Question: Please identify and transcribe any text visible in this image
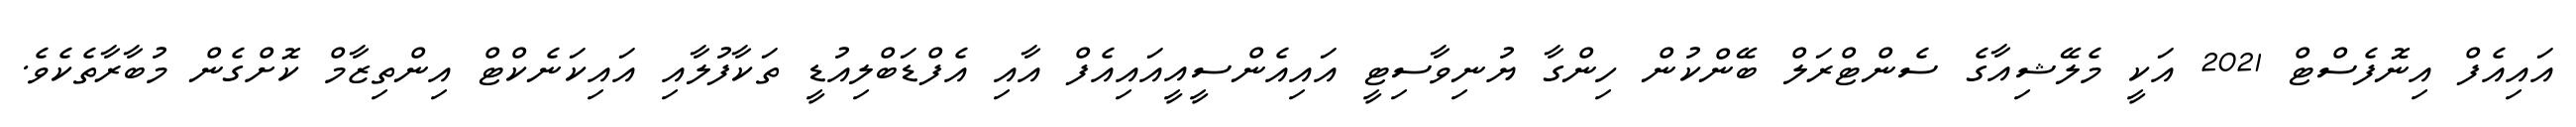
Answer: އައިއެފް އިނޮފެސްޓް 2021 އަކީ މެލޭޝިއާގެ ސެންޓްރަލް ބޭންކުން ހިންގާ ޔުނިވާސިޓީ އައިއެންސީއީއައިއެފް އާއި އެފްޑަބްލިއުޑީ ތަކާފުލާއި އައިކަނެކްޓް އިންތިޒާމް ކޮށްގެން މުބާރާތެކެވެ.